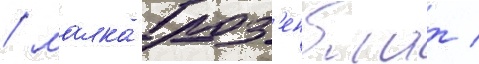
/ малка роз'енблат /